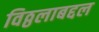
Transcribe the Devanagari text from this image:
विठ्ठलाबद्दल